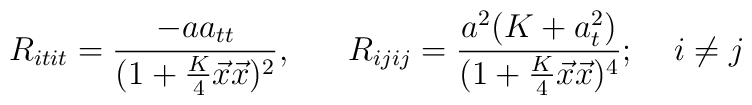
R_{itit}=\frac{-aa_{tt}}{(1+\frac{K}{4}\vec{x}\vec{x})^2},\;\;\;\;\;\;R_{ijij}=\frac{a^2(K+a_{t}^2)}{(1+\frac{K}{4}\vec{x}\vec{x})^4};\;\;\;\;i\neq j